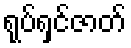
ရုပ်ရှင်ဇာတ်